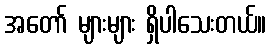
အတော် များများ ရှိပါသေးတယ်။